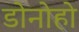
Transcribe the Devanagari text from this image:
डोनोहो